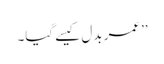
’’عمر بدل کیسے گیا۔